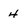
Character: 4